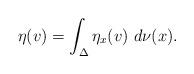
LaTeX: \begin{align*}\eta(v) = \int_{\Delta} \eta_{x}(v) \ d\nu(x).\end{align*}